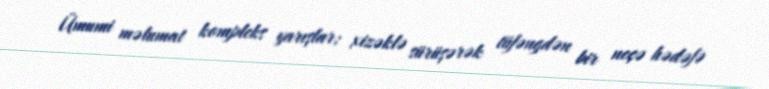
Ümumi məlumat kompleks yarışlar; xizəklə sürüşərək tüfəngdən bir neçə hədəfə